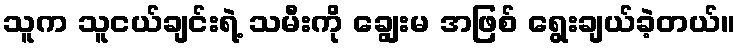
သူက သူငယ်ချင်းရဲ့ သမီးကို ချွေးမ အဖြစ် ရွေးချယ်ခဲ့တယ်။